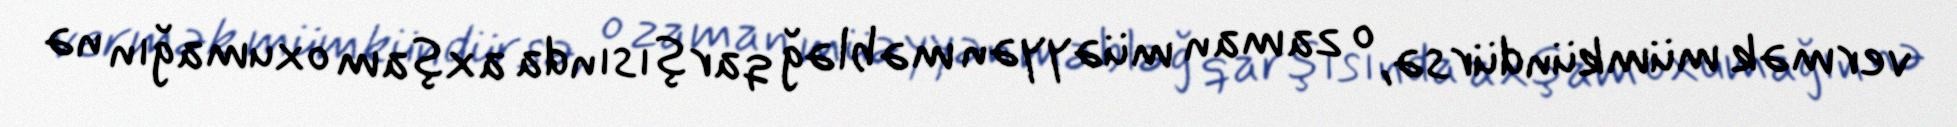
vermək mümkündürsə, o zaman müəyyən məbləğ qarşısında axşam oxumağın nə